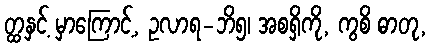
တ္ထနှင့် မှာကြောင့်, ဥလာရ-ဘိ၅၊ အစရှိကို, ကွစိ ဓာတု,